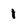
Character: 1